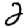
Digit: 2